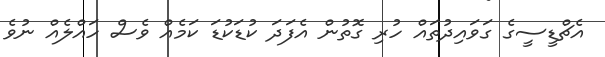
އެޗްޑީސީގެ ގަވައިދުތައް ހުރި ގޮތުން އެފަދަ ކުޑަކުޑަ ކަމެއް ވެސް ހައްލެއް ނުވެ